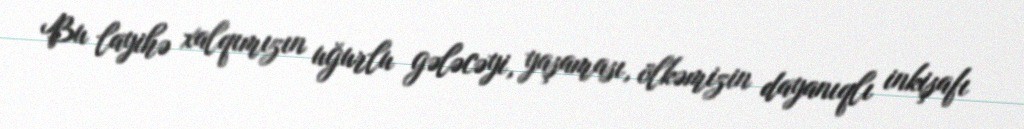
Bu layihə xalqımızın uğurlu gələcəyi, yaşaması, ölkəmizin dayanıqlı inkişafı